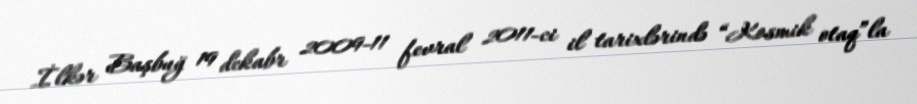
İlkər Başbuğ 19 dekabr 2009-11 fevral 2011-ci il tarixlərində “Kosmik otaq”la